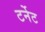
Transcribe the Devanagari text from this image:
टर्नेट